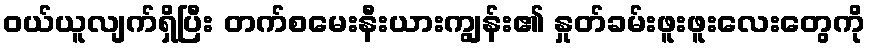
ဝယ်ယူလျက်ရှိပြီး တက်စမေးနီးယားကျွန်း၏ နှုတ်ခမ်းဖူးဖူးလေးတွေကို